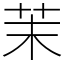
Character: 茉